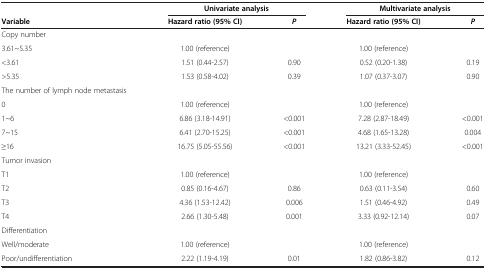
<table><thead><tr><td><b> </b></td><td colspan="2"><b>Univariate analysis</b></td><td colspan="2"><b>Multivariate analysis</b></td></tr><tr><td><b>Variable</b></td><td><b>Hazard ratio (95% CI)</b></td><td><b><i>P</i></b></td><td><b>Hazard ratio (95% CI)</b></td><td><b><i>P</i></b></td></tr></thead><tbody><tr><td>Copy number</td><td> </td><td> </td><td> </td><td> </td></tr><tr><td>3.61~5.35</td><td>1.00 (reference)</td><td> </td><td>1.00 (reference)</td><td> </td></tr><tr><td>&lt;3.61</td><td>1.51 (0.44-2.57)</td><td>0.90</td><td>0.52 (0.20-1.38)</td><td>0.19</td></tr><tr><td>&gt;5.35</td><td>1.53 (0.58-4.02)</td><td>0.39</td><td>1.07 (0.37-3.07)</td><td>0.90</td></tr><tr><td>The number of lymph node metastasis</td><td> </td><td> </td><td> </td><td> </td></tr><tr><td>0</td><td>1.00 (reference)</td><td> </td><td>1.00 (reference)</td><td> </td></tr><tr><td>1~6</td><td>6.86 (3.18-14.91)</td><td>&lt;0.001</td><td>7.28 (2.87-18.49)</td><td>&lt;0.001</td></tr><tr><td>7~15</td><td>6.41 (2.70-15.25)</td><td>&lt;0.001</td><td>4.68 (1.65-13.28)</td><td>0.004</td></tr><tr><td>≥16</td><td>16.75 (5.05-55.56)</td><td>&lt;0.001</td><td>13.21 (3.33-52.45)</td><td>&lt;0.001</td></tr><tr><td>Tumor invasion</td><td> </td><td> </td><td> </td><td> </td></tr><tr><td>T1</td><td>1.00 (reference)</td><td> </td><td>1.00 (reference)</td><td> </td></tr><tr><td>T2</td><td>0.85 (0.16-4.67)</td><td>0.86</td><td>0.63 (0.11-3.54)</td><td>0.60</td></tr><tr><td>T3</td><td>4.36 (1.53-12.42)</td><td>0.006</td><td>1.51 (0.46-4.92)</td><td>0.49</td></tr><tr><td>T4</td><td>2.66 (1.30-5.48)</td><td>0.001</td><td>3.33 (0.92-12.14)</td><td>0.07</td></tr><tr><td>Differentiation</td><td> </td><td> </td><td> </td><td> </td></tr><tr><td>Well/moderate</td><td>1.00 (reference)</td><td> </td><td>1.00 (reference)</td><td> </td></tr><tr><td>Poor/undifferentiation</td><td>2.22 (1.19-4.19)</td><td>0.01</td><td>1.82 (0.86-3.82)</td><td>0.12</td></tr></tbody></table>